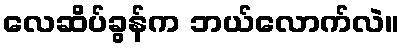
လေဆိပ်ခွန်က ဘယ်လောက်လဲ။